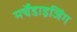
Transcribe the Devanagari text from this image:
मर्चेंडाइजिंग